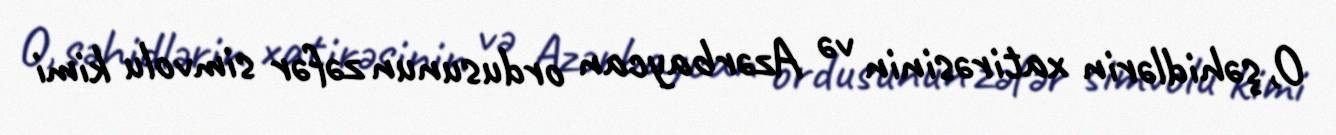
O, şəhidlərin xatirəsinin və Azərbaycan ordusunun zəfər simvolu kimi